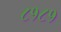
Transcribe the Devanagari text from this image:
८१८१